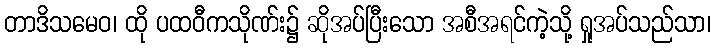
တာဒိသမေဝ၊ ထို ပထဝီကသိုဏ်း၌ ဆိုအပ်ပြီးသော အစီအရင်ကဲ့သို့ ရှုအပ်သည်သာ၊